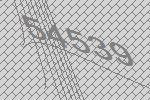
54539